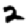
Digit: 2